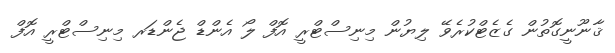
ޤާނޫނީގޮތުން ގެޒެޓްކުރެވޭ ލިޔުން މިނިސްޓްރީ އޮފް ލޯ އެންޑް ޖެންޑަރ މިނިސްޓްރީ އޮފް